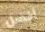
أفضل